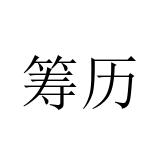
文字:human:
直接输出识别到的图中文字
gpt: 筹历